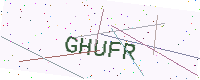
Text: GHUFR